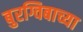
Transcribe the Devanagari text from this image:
बुरग्विबाच्या